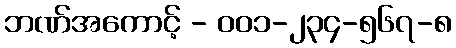
ဘဏ်အကောင့် - ၀၀၁-၂၃၄-၅၆၇-၈